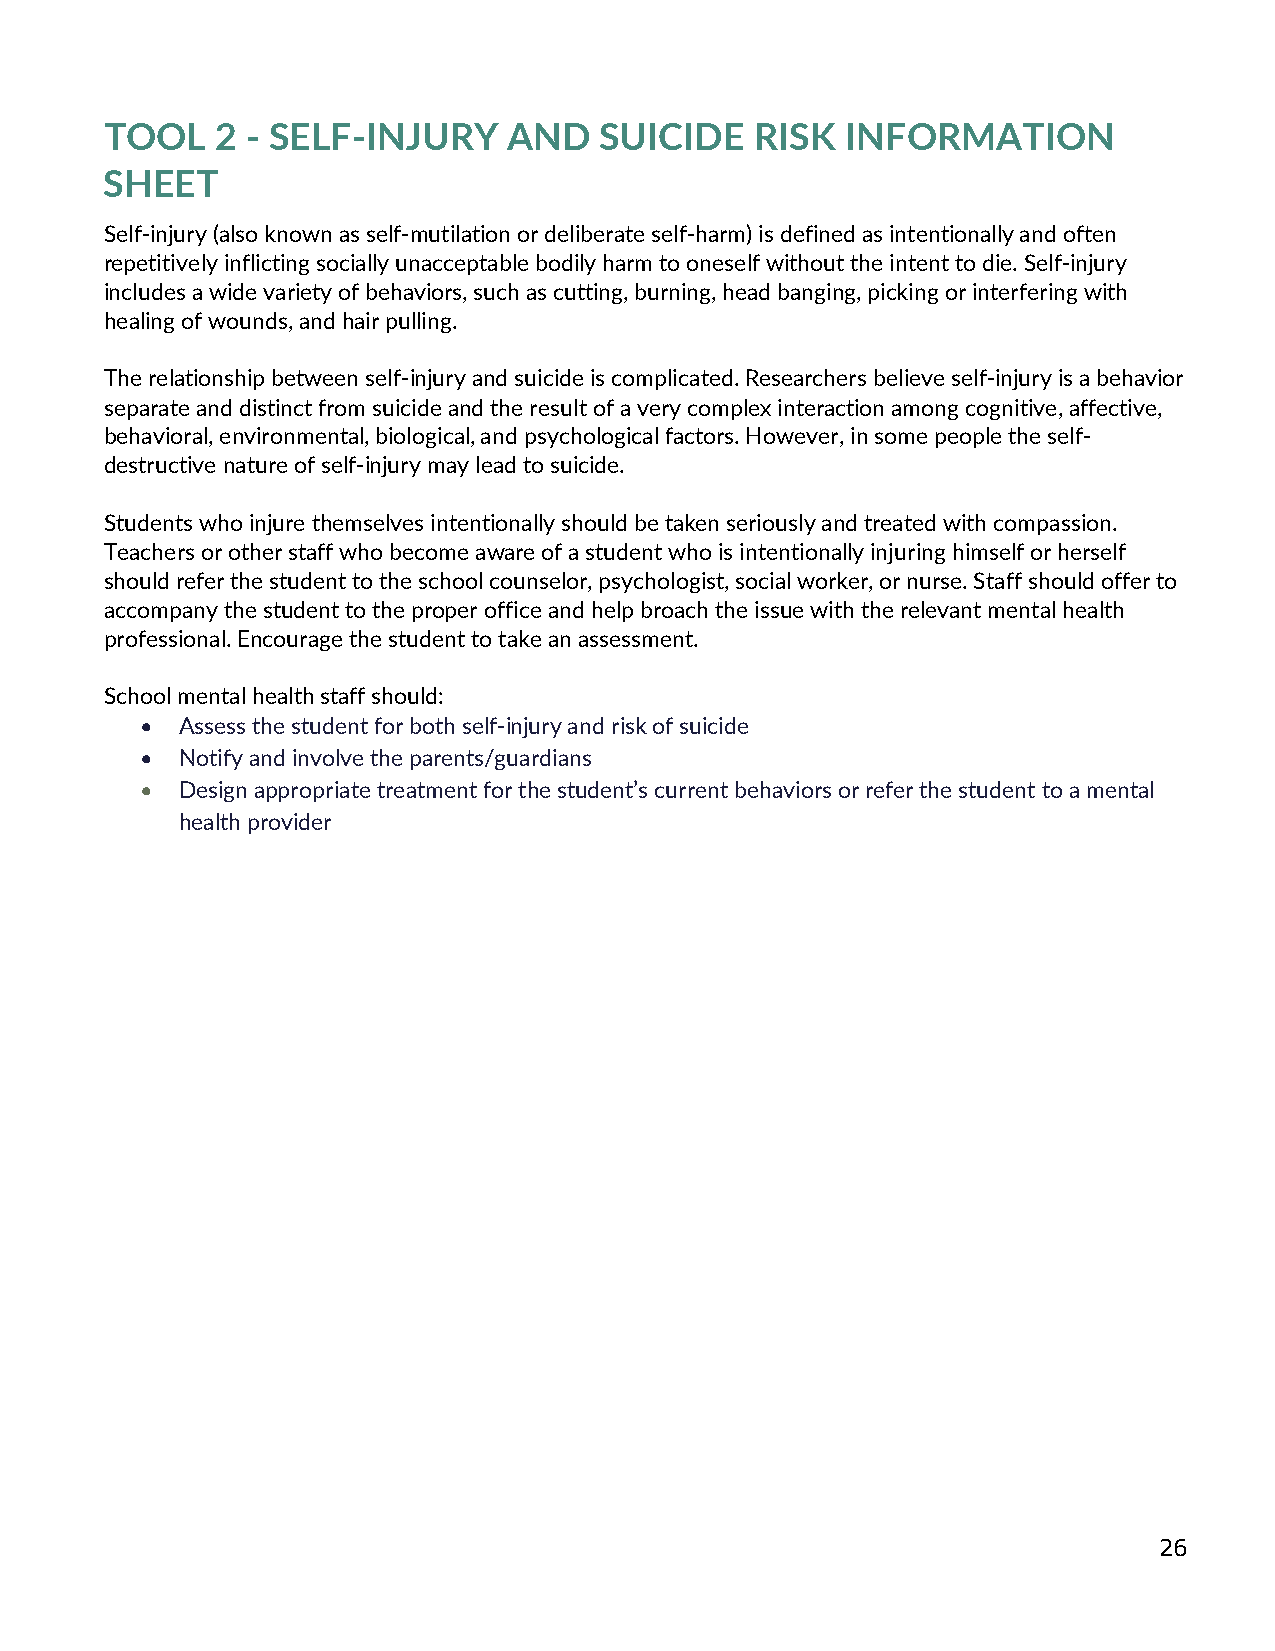
TOOL   2 - SELF-INJURY     AND   SUICIDE   RISK  INFORMATION
 SHEET
 Self-injury (also known as self-mutilation or deliberate self-harm) is defined as intentionally and often
 repetitively inflicting socially unacceptable bodily harm to oneself without the intent to die. Self-injury
 includes a wide variety of behaviors, such as cutting, burning, head banging, picking or interfering with
 healing of wounds, and hair pulling.
 The relationship between self-injury and suicide is complicated. Researchers believe self-injury is a behavior
 separate and distinct from suicide and the result of a very complex interaction among cognitive, affective,
 behavioral, environmental, biological, and psychological factors. However, in some people the self-
 destructive nature of self-injury may lead to suicide.
 Students who injure themselves intentionally should be taken seriously and treated with compassion.
 Teachers or other staff who become aware of a student who is intentionally injuring himself or herself
 should refer the student to the school counselor, psychologist, social worker, or nurse. Staff should offer to
 accompany the student to the proper office and help broach the issue with the relevant mental health
 professional. Encourage the student to take an assessment.
 School mental health staff should:
 •  Assess the student for both self-injury and risk of suicide
 •  Notify and involve the parents/guardians
 •  Design appropriate treatment for the student’s current behaviors or refer the student to a mental
 health provider
 26